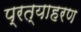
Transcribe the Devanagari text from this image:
प्रत्याहरण